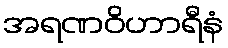
အရဏဝိဟာရီနံ